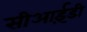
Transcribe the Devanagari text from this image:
सीआई़डी